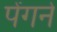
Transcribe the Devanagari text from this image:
पेंगने